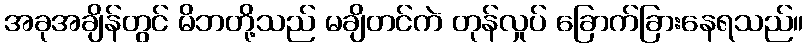
အခုအချိန်တွင် မိဘတို့သည် မချိတင်ကဲ တုန်လှုပ် ခြောက်ခြားနေရသည်။